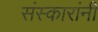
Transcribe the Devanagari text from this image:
संस्कारांनी